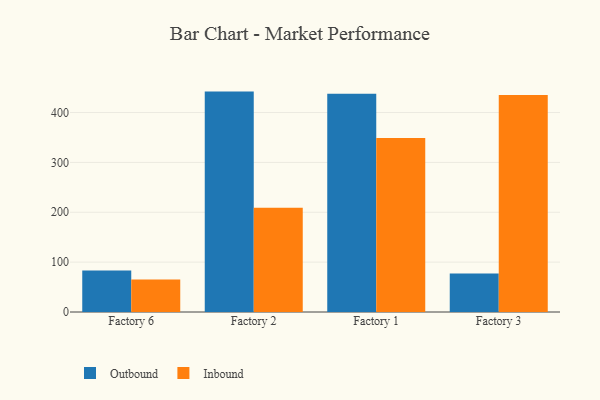
{"axis": {"x": "Factory", "y": "Churn Rate (%)"}, "legend": ["Inbound", "Outbound"], "data": [{"x": "Factory 6", "y": 83.1, "type": "Outbound"}, {"x": "Factory 6", "y": 65.4, "type": "Inbound"}, {"x": "Factory 2", "y": 442.0, "type": "Outbound"}, {"x": "Factory 2", "y": 209.2, "type": "Inbound"}, {"x": "Factory 1", "y": 437.8, "type": "Outbound"}, {"x": "Factory 1", "y": 348.7, "type": "Inbound"}, {"x": "Factory 3", "y": 77.3, "type": "Outbound"}, {"x": "Factory 3", "y": 435.4, "type": "Inbound"}]}